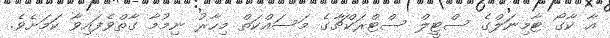
އާ ކާގޯ ޓާމިނަލްގެ ސްޓީލް ސްޓްރަކްޗާގެ މަސައްކަތް މިހާރު ނިމުމާ ގާތްވެފައިވާ ކަމަށެވެ.